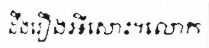
ដឹងរឿងអីសោះ។លោក